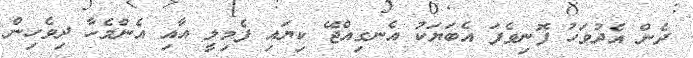
ދެން އެދުވަހު ފޮނިވެފަ އެބަޔަކު އެނގިއްޖޭ ކިޔައި ފެމިލީ އާއި އެންމެހާ ދިވެހިން